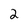
Character: 2